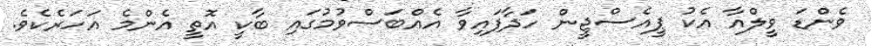
ވެންޑަ ވީލްއާ އެކު ޕީއެސްޖީން ހަދާފައިވާ އެއްބަސްވުމުގައި ބާކީ އޮތީ އެންމެ އަހަރެކެވެ.